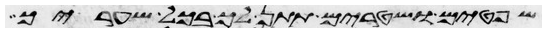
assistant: שפטים ושטרים תתן לך בכל שעריך